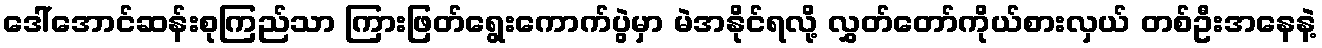
ဒေါ်အောင်ဆန်းစုကြည်သာ ကြားဖြတ်ရွေးကောက်ပွဲမှာ မဲအနိုင်ရလို့ လွှတ်တော်ကိုယ်စားလှယ် တစ်ဦးအနေနဲ့